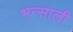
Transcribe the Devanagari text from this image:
भन्साली